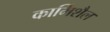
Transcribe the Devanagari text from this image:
कार्मिशैल